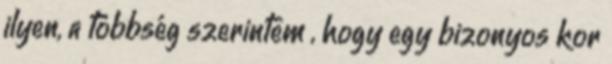
ilyen, a többség szerintem , hogy egy bizonyos kor